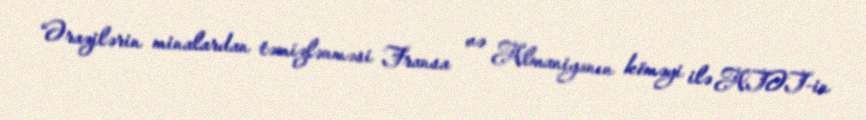
“Ərazilərin minalardan təmizlənməsi Fransa və Almaniyanın köməyi ilə ATƏT-in